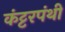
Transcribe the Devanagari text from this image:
कंट्टरपंथी